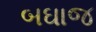
બઘાજ